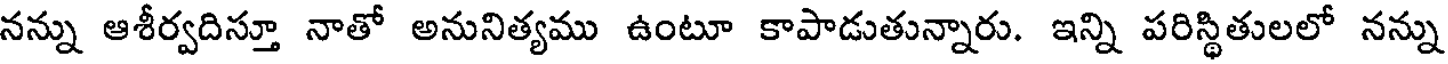
నన్ను ఆశీర్వదిస్తూ నాతో అనునిత్యము ఉంటూ కాపాడుతున్నారు. ఇన్ని పరిస్థితులలో నన్ను